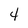
Character: 4